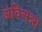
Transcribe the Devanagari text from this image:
अविसन्ना